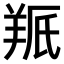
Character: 𫅕